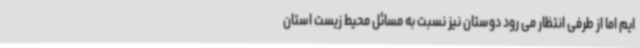
ایم اما از طرفی انتظار می رود دوستان نیز نسبت به مسائل محیط زیست استان